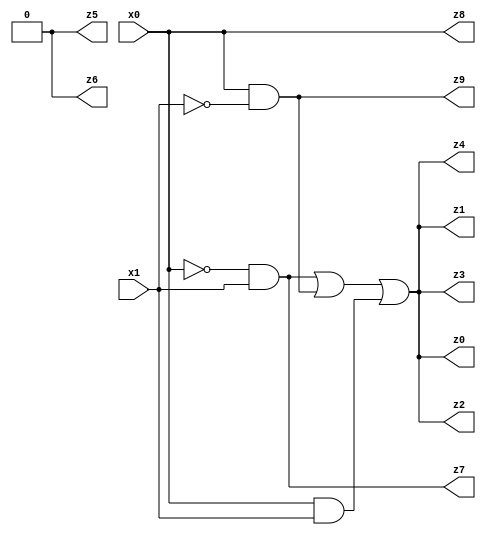
// Benchmark "X_84" written by ABC on Mon Jun 05 20:21:53 2023

module X_84 ( 
    x0, x1,
    z0, z1, z2, z3, z4, z5, z6, z7, z8, z9  );
  input  x0, x1;
  output z0, z1, z2, z3, z4, z5, z6, z7, z8, z9;
  assign z0 = (~x0 & x1) | (x0 & ~x1) | (x0 & x1);
  assign z1 = (~x0 & x1) | (x0 & ~x1) | (x0 & x1);
  assign z2 = (~x0 & x1) | (x0 & ~x1) | (x0 & x1);
  assign z3 = (~x0 & x1) | (x0 & ~x1) | (x0 & x1);
  assign z4 = (~x0 & x1) | (x0 & ~x1) | (x0 & x1);
  assign z5 = 1'b0;
  assign z6 = 1'b0;
  assign z7 = ~x0 & x1;
  assign z8 = x1 ? x0 : x0;
  assign z9 = x0 & ~x1;
endmodule